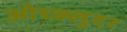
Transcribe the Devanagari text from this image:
ओच्क्लुदर